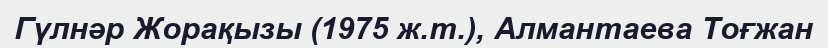
Гүлнәр Жорақызы (1975 ж.т.), Алмантаева Тоғжан